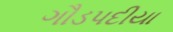
ગૌડપદીયા